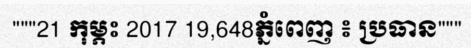
"""21 កុម្ភះ 2017 19,648ភ្នំពេញ ៖ ប្រធាន"""